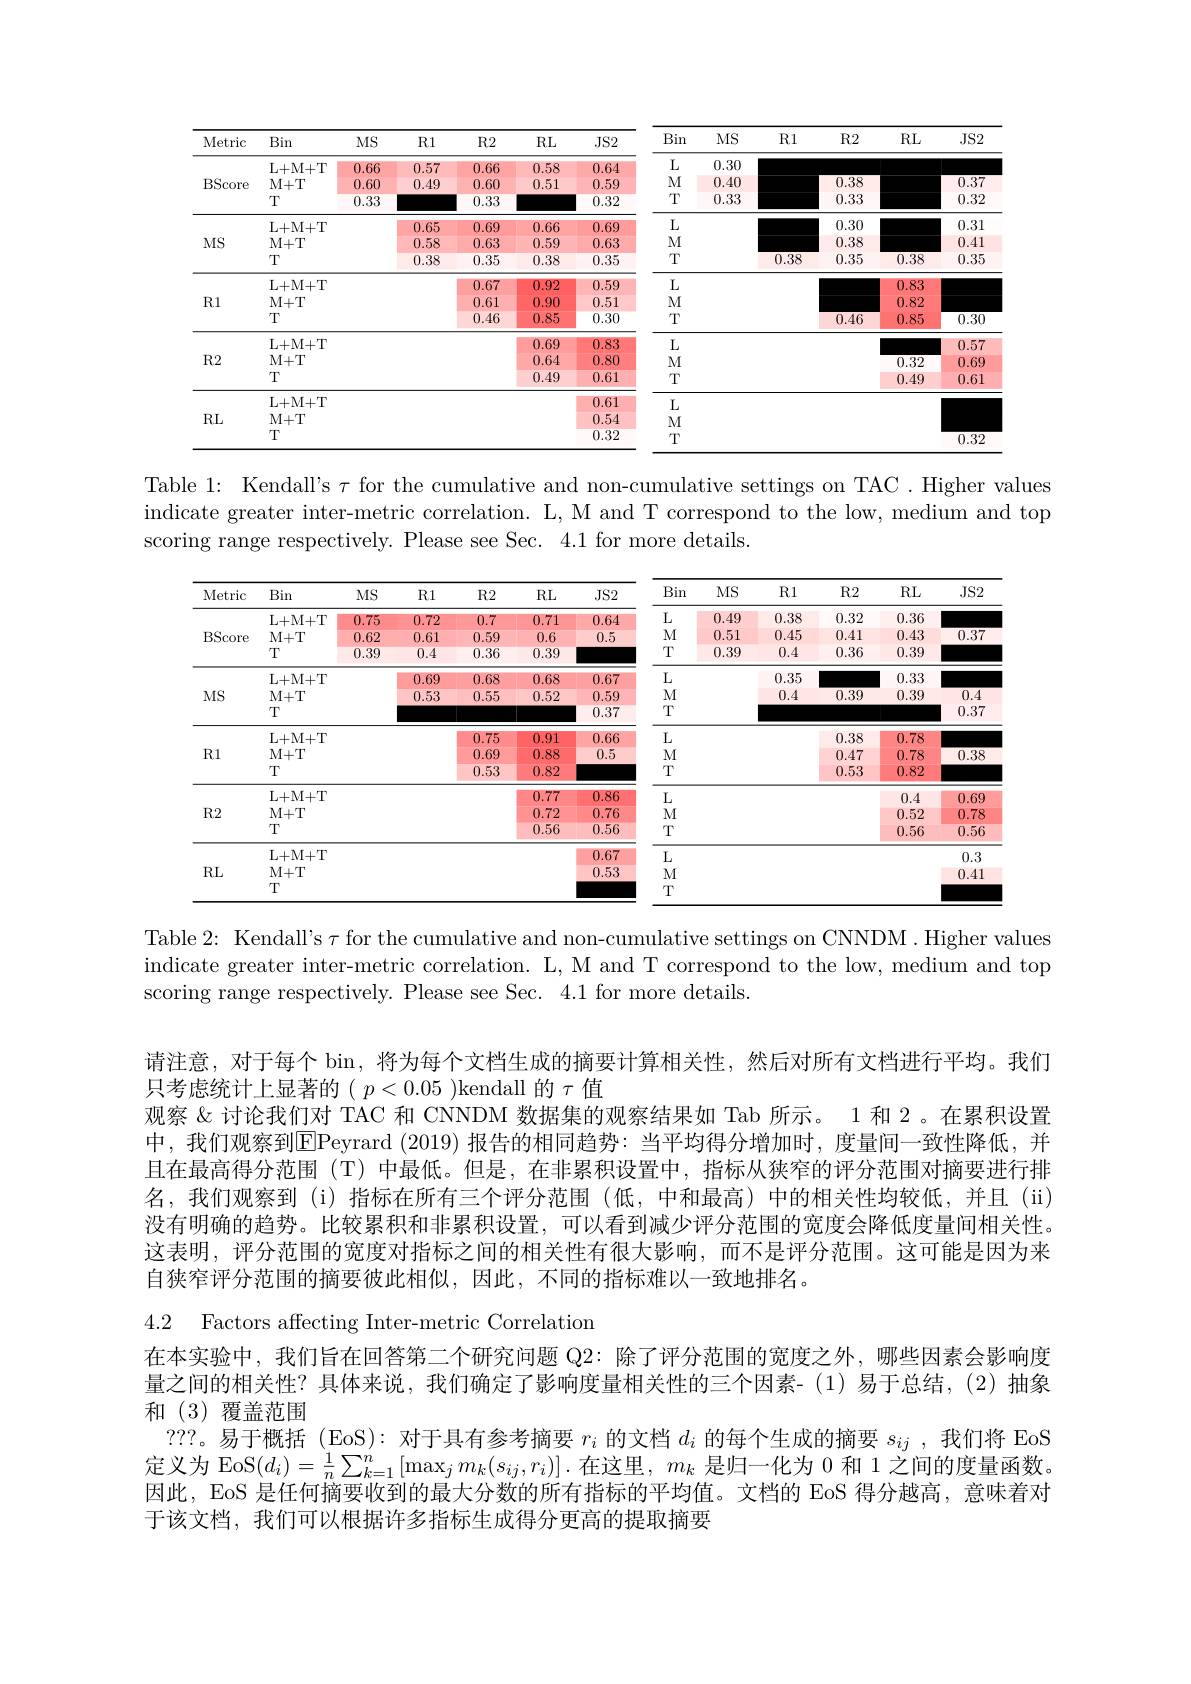
<table>
	<tbody>
		<tr>
			<th>Metric</th>
			<th>Bin</th>
			<th>$MS$</th>
			<th>$R1$</th>
			<th>$R2$</th>
			<th>$RL$</th>
			<th>JS2</th>
			<th>Bin</th>
			<th>$MS$</th>
			<th>R1</th>
			<th>$R2$</th>
			<th>$RL$</th>
			<th>$JS2$</th>
		</tr>
		<tr>
			<td rowspan="3">BScore</td>
			<td>L+ M+ T</td>
			<td>0.66 1 100</td>
			<td>5 1</td>
			<td>1.66 100</td>
			<td>0.58</td>
			<td>0.64</td>
			<td>$L$</td>
			<td>0.30</td>
			<td> </td>
			<td> </td>
			<td> </td>
			<td> </td>
		</tr>
		<tr>
			<td>$M+T$</td>
			<td>0.60</td>
			<td>0.49</td>
			<td>0.60</td>
			<td>0.51</td>
			<td>0.59</td>
			<td>$M$</td>
			<td>0.40</td>
			<td> </td>
			<td>0.38</td>
			<td> </td>
			<td>0.37</td>
		</tr>
		<tr>
			<td>$T$</td>
			<td>0.33</td>
			<td> </td>
			<td>0.33</td>
			<td> </td>
			<td>0.32</td>
			<td>T</td>
			<td>0.33</td>
			<td> </td>
			<td>0.33</td>
			<td> </td>
			<td>0.32</td>
		</tr>
		<tr>
			<td rowspan="3">$MS$</td>
			<td>L+ M+ T</td>
			<td> </td>
			<td>0.65</td>
			<td>0.69</td>
			<td>0.66</td>
			<td>0.69</td>
			<td>$L$</td>
			<td> </td>
			<td> </td>
			<td>0.30</td>
			<td> </td>
			<td>0.31</td>
		</tr>
		<tr>
			<td>$M+T$</td>
			<td> </td>
			<td>0.58</td>
			<td>0.63</td>
			<td>0.59</td>
			<td>0.63</td>
			<td>$M$</td>
			<td> </td>
			<td> </td>
			<td>0.38</td>
			<td> </td>
			<td>0.41</td>
		</tr>
		<tr>
			<td>T</td>
			<td> </td>
			<td>0.38</td>
			<td>0.35</td>
			<td>0.38</td>
			<td>0.35</td>
			<td>T</td>
			<td> </td>
			<td>0.38</td>
			<td>0.35</td>
			<td>0.38</td>
			<td>0.35</td>
		</tr>
		<tr>
			<td rowspan="3">$R1$</td>
			<td>L+ M+ T</td>
			<td> </td>
			<td> </td>
			<td>0.67</td>
			<td>0.92</td>
			<td>0.59</td>
			<td>$L$</td>
			<td> </td>
			<td> </td>
			<td> </td>
			<td>0.83</td>
			<td> </td>
		</tr>
		<tr>
			<td>$M+T$</td>
			<td> </td>
			<td> </td>
			<td>0.61</td>
			<td>0.90</td>
			<td>0.51</td>
			<td>$M$</td>
			<td> </td>
			<td> </td>
			<td> </td>
			<td>0.82</td>
			<td> </td>
		</tr>
		<tr>
			<td>$T$</td>
			<td> </td>
			<td> </td>
			<td>0.46</td>
			<td>0.85</td>
			<td>0.30</td>
			<td>$T$</td>
			<td> </td>
			<td> </td>
			<td>0.46</td>
			<td>0.85</td>
			<td>0.30</td>
		</tr>
		<tr>
			<td rowspan="3">$R2$</td>
			<td>L+ M+ T</td>
			<td> </td>
			<td> </td>
			<td> </td>
			<td>0.69</td>
			<td>0.83</td>
			<td>$L$</td>
			<td> </td>
			<td> </td>
			<td> </td>
			<td> </td>
			<td>0.57</td>
		</tr>
		<tr>
			<td>$M+T$</td>
			<td> </td>
			<td> </td>
			<td> </td>
			<td>0.64</td>
			<td>0.80</td>
			<td>$M$</td>
			<td> </td>
			<td> </td>
			<td> </td>
			<td>0.32</td>
			<td>0.69</td>
		</tr>
		<tr>
			<td>$T$</td>
			<td> </td>
			<td> </td>
			<td> </td>
			<td>0.49</td>
			<td>0.61</td>
			<td>$T$</td>
			<td> </td>
			<td> </td>
			<td> </td>
			<td>0.49</td>
			<td>0.61</td>
		</tr>
		<tr>
			<td rowspan="3">$RL$</td>
			<td>L+ M+ T</td>
			<td> </td>
			<td> </td>
			<td> </td>
			<td> </td>
			<td>0.61</td>
			<td>$L$</td>
			<td> </td>
			<td> </td>
			<td> </td>
			<td> </td>
			<td> </td>
		</tr>
		<tr>
			<td>$M+T$</td>
			<td> </td>
			<td> </td>
			<td> </td>
			<td> </td>
			<td>0.54</td>
			<td>$M$</td>
			<td> </td>
			<td> </td>
			<td> </td>
			<td> </td>
			<td> </td>
		</tr>
		<tr>
			<td>T</td>
			<td> </td>
			<td> </td>
			<td> </td>
			<td> </td>
			<td>0.32</td>
			<td>T</td>
			<td> </td>
			<td> </td>
			<td> </td>
			<td> </td>
			<td>0.32</td>
		</tr>
	</tbody>
</table>

Table 1: Kendall's $\tau$ for the cumulative and non-cumulative settings on TAC. Higher values indicate greater inter-metric correlation. L, M and T correspond to the low, medium and top scoring range respectively. Please see Sec. 4.1 for more details.

<table>
	<tbody>
		<tr>
			<th>Metric</th>
			<th>Bin</th>
			<th>$MS$</th>
			<th>R1</th>
			<th>$R2$</th>
			<th>$RL$</th>
			<th>JS2</th>
			<th>Bin</th>
			<th>$MS$</th>
			<th>R1</th>
			<th>$R2$</th>
			<th>$RL$</th>
			<th>$JS2$</th>
		</tr>
		<tr>
			<td rowspan="3">BScore</td>
			<td>L+ M+ T</td>
			<td>0.75</td>
			<td>0.72</td>
			<td>0.7</td>
			<td>0.71</td>
			<td>0.64</td>
			<td>$L$</td>
			<td>0.49</td>
			<td>0.38</td>
			<td>0.32</td>
			<td>0.36</td>
			<td> </td>
		</tr>
		<tr>
			<td>$M+T$</td>
			<td>0.62</td>
			<td>0.61</td>
			<td>0.59</td>
			<td>0.6</td>
			<td>0.5</td>
			<td>M</td>
			<td>0.51</td>
			<td>0.45</td>
			<td>0.41</td>
			<td>0.43</td>
			<td>0.37</td>
		</tr>
		<tr>
			<td>$T$</td>
			<td>0.39</td>
			<td>0.4</td>
			<td>0.36</td>
			<td>0.39</td>
			<td> </td>
			<td>$T$</td>
			<td>0.39</td>
			<td>0.4</td>
			<td>0.36</td>
			<td>0.39</td>
			<td> </td>
		</tr>
		<tr>
			<td rowspan="3">$MS$</td>
			<td>L+ M+ T</td>
			<td> </td>
			<td>0.69</td>
			<td>0.68</td>
			<td>0.68</td>
			<td>0.67</td>
			<td>$L$</td>
			<td> </td>
			<td>0.35</td>
			<td> </td>
			<td>0.33</td>
			<td> </td>
		</tr>
		<tr>
			<td>$M+T$</td>
			<td> </td>
			<td>0.53</td>
			<td>0.55</td>
			<td>0.52</td>
			<td>0.59</td>
			<td>M</td>
			<td> </td>
			<td>0.4</td>
			<td>0.39</td>
			<td>0.39</td>
			<td>0.4</td>
		</tr>
		<tr>
			<td>$T$</td>
			<td> </td>
			<td> </td>
			<td> </td>
			<td> </td>
			<td>0.37</td>
			<td>$T$</td>
			<td> </td>
			<td> </td>
			<td> </td>
			<td> </td>
			<td>0.37</td>
		</tr>
		<tr>
			<td rowspan="3">$R1$</td>
			<td>L+ M+ T</td>
			<td> </td>
			<td> </td>
			<td>75</td>
			<td>4 T 1</td>
			<td>0.66</td>
			<td>$\textbf{L}$</td>
			<td> </td>
			<td> </td>
			<td>0.38</td>
			<td>78</td>
			<td> </td>
		</tr>
		<tr>
			<td>$M+T$</td>
			<td> </td>
			<td> </td>
			<td>0.69</td>
			<td>0.88</td>
			<td>0.5</td>
			<td> </td>
			<td> </td>
			<td> </td>
			<td>.47 1</td>
			<td>78</td>
			<td> </td>
		</tr>
		<tr>
			<td>$T$</td>
			<td> </td>
			<td> </td>
			<td>0.53</td>
			<td>0.82</td>
			<td> </td>
			<td>$T$</td>
			<td> </td>
			<td> </td>
			<td>0.53</td>
			<td>0.82</td>
			<td> </td>
		</tr>
		<tr>
			<td rowspan="3">$R2$</td>
			<td>L+ M+ T</td>
			<td> </td>
			<td> </td>
			<td> </td>
			<td>0.77</td>
			<td>0.86</td>
			<td>$\textbf{L}$</td>
			<td> </td>
			<td> </td>
			<td> </td>
			<td>11 41</td>
			<td> </td>
		</tr>
		<tr>
			<td>$M+T$</td>
			<td> </td>
			<td> </td>
			<td> </td>
			<td>0.72</td>
			<td>0.76</td>
			<td>M</td>
			<td> </td>
			<td> </td>
			<td> </td>
			<td>0.52</td>
			<td>0.78</td>
		</tr>
		<tr>
			<td>$T$</td>
			<td> </td>
			<td> </td>
			<td> </td>
			<td>0.56</td>
			<td>0.56</td>
			<td>$T$</td>
			<td> </td>
			<td> </td>
			<td> </td>
			<td>0.56</td>
			<td>0.56</td>
		</tr>
		<tr>
			<td rowspan="3">$RL$</td>
			<td>L+ M+ T</td>
			<td> </td>
			<td> </td>
			<td> </td>
			<td> </td>
			<td>0.67</td>
			<td>$L$</td>
			<td> </td>
			<td> </td>
			<td> </td>
			<td> </td>
			<td>0.3</td>
		</tr>
		<tr>
			<td>$M+T$</td>
			<td> </td>
			<td> </td>
			<td> </td>
			<td> </td>
			<td>0.53</td>
			<td>M</td>
			<td> </td>
			<td> </td>
			<td> </td>
			<td> </td>
			<td>$\Gamma$ $A$</td>
		</tr>
		<tr>
			<td>$T$</td>
			<td> </td>
			<td> </td>
			<td> </td>
			<td> </td>
			<td> </td>
			<td>T</td>
			<td> </td>
			<td> </td>
			<td> </td>
			<td> </td>
			<td> </td>
		</tr>
	</tbody>
</table>

Table 2: Kendall's $\tau$ for the cumulative and non-cumulative settings on CNNDM. Higher values indicate greater inter-metric correlation. L, M and T correspond to the low, medium and top scoring range respectively. Please see Sec. 4.1 for more details.

请注意，对于每个 bin, 将为每个文档生成的摘要计算相关性，然后对所有文档进行平均。我们
只考虑统计上显著的( $p<0.05$ )kendall 的$\tau$值
观察$\&$讨论我们对 TAC 和 CNNDM 数据集的观察结果如 Tab 所示。1 和 2 。在累积设置中，我们观察到$\overline{\mathrm{E}}$Peyrard (2019)报告的相同趋势：当平均得分增加时，度量间一致性降低，并且在最高得分范围(T) 中最低。但是，在非累积设置中，指标从狭窄的评分范围对摘要进行排名，我们观察到(i)指标在所有三个评分范围(低，中和最高)中的相关性均较低，并且(ii) 没有明确的趋势。比较累积和非累积设置，可以看到减少评分范围的宽度会降低度量间相关性。这表明，评分范围的宽度对指标之间的相关性有很大影响，而不是评分范围。这可能是因为来自狭窄评分范围的摘要彼此相似，因此，不同的指标难以一致地排名。

4.2 Factors affecting Inter-metric Correlation
在本实验中，我们旨在回答第二个研究问题 Q2: 除了评分范围的宽度之外，哪些因素会影响度量之间的相关性？具体来说，我们确定了影响度量相关性的三个因素- (1)易于总结，(2)抽象和(3)覆盖范围
???。易于概括(EoS):对于具有参考摘要$r_i$的文档$d_i$的每个生成的摘要$s_ij$ ,我们将 EoS 定义为 EoS$(d_i)=\frac1n\sum_{k=1}^n\left[\max_jm_k(s_{ij},r_i)\right].$在这里，$m_k$是归一化为 0 和 1 之间的度量函数。因此，EoS 是任何摘要收到的最大分数的所有指标的平均值。文档的 EoS 得分越高，意味着对于该文档，我们可以根据许多指标生成得分更高的提取摘要